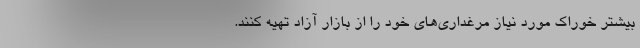
بیشتر خوراک مورد نیاز مرغداری‌های خود را از بازار آزاد تهیه کنند.